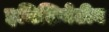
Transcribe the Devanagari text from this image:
इनिशियेटीव